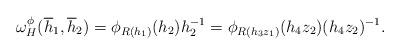
LaTeX: \begin{align*}\omega^{\phi}_{H}(\overline{h}_1, \overline{h}_2)= \phi_{R(h_1)}(h_2) h_2^{-1} =\phi_{R(h_3 z_1)}(h_4 z_2) (h_4 z_2)^{-1}.\end{align*}